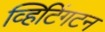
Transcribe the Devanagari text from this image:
व्हिटिंगटन